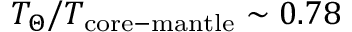
T _ { \Theta } / T _ { \mathrm { c o r e - m a n t l e } } \sim 0 . 7 8